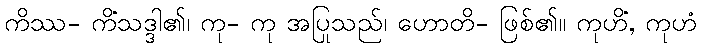
ကိဿ- ကိံသဒ္ဒါ၏၊ ကု- ကု အပြုသည်၊ ဟောတိ- ဖြစ်၏။ ကုဟိံ, ကုဟံ